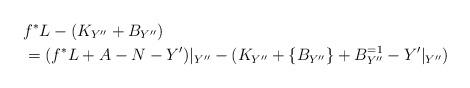
LaTeX: \begin{align*}&f^*L-(K_{Y''}+B_{Y''})\\&=(f^*L+A-N-Y')|_{Y''}-(K_{Y''}+\{B_{Y''}\}+B^{=1}_{Y''}-Y'|_{Y''}) \end{align*}